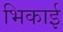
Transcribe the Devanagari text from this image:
भिकाई